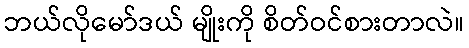
ဘယ်လိုမော်ဒယ် မျိုးကို စိတ်ဝင်စားတာလဲ။